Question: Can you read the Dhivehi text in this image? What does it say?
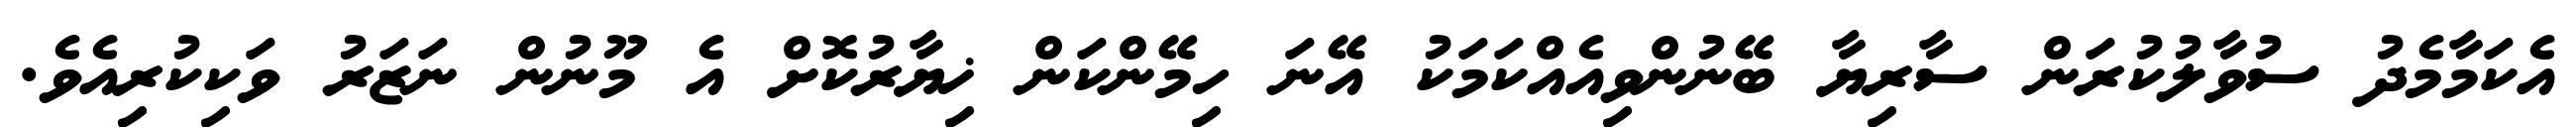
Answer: އެކަމާމެދު ސުވާލުކުރަން ސާރިޔާ ބޭނުންވިއެއްކަމަކު އޭނަ ހިމޭންކަން ޚިޔާރުކޮށް އެ މޫނުން ނަޒަރު ވަކިކުރިއެވެ.